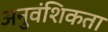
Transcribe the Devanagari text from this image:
अनुवंशिकता